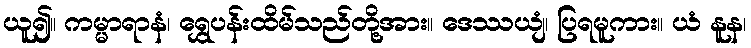
ယူ၍။ ကမ္မာရာနံ၊ ရွှေပန်းထိမ်သည်တို့အား။ ဒေဿယျံ၊ ပြရမူကား။ ယံ နူန၊